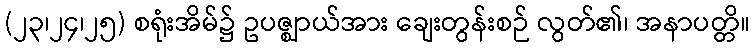
(၂၃၊၂၄၊၂၅) စရုံးအိမ်၌ ဥပဇ္ဈာယ်အား ချေးတွန်းစဉ် လွတ်၏၊ အနာပတ္တိ။